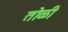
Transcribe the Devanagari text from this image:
तोळी